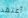
أعتقد